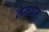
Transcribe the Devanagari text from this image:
तेजपत्र